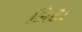
મિટા